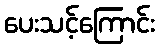
ပေးသင့်ကြောင်း